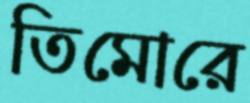
তিমোরে